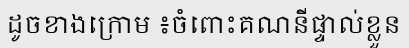
ដូចខាងក្រោម ៖ចំពោះគណនីផ្ទាល់ខ្លួន